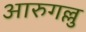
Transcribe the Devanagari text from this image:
आरुगल्लु